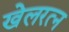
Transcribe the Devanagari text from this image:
खेलरत्‍न